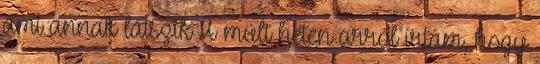
ami annak látszik A múlt héten arról írtam, hogy